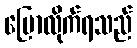
ပြောလိုက်ရသည်